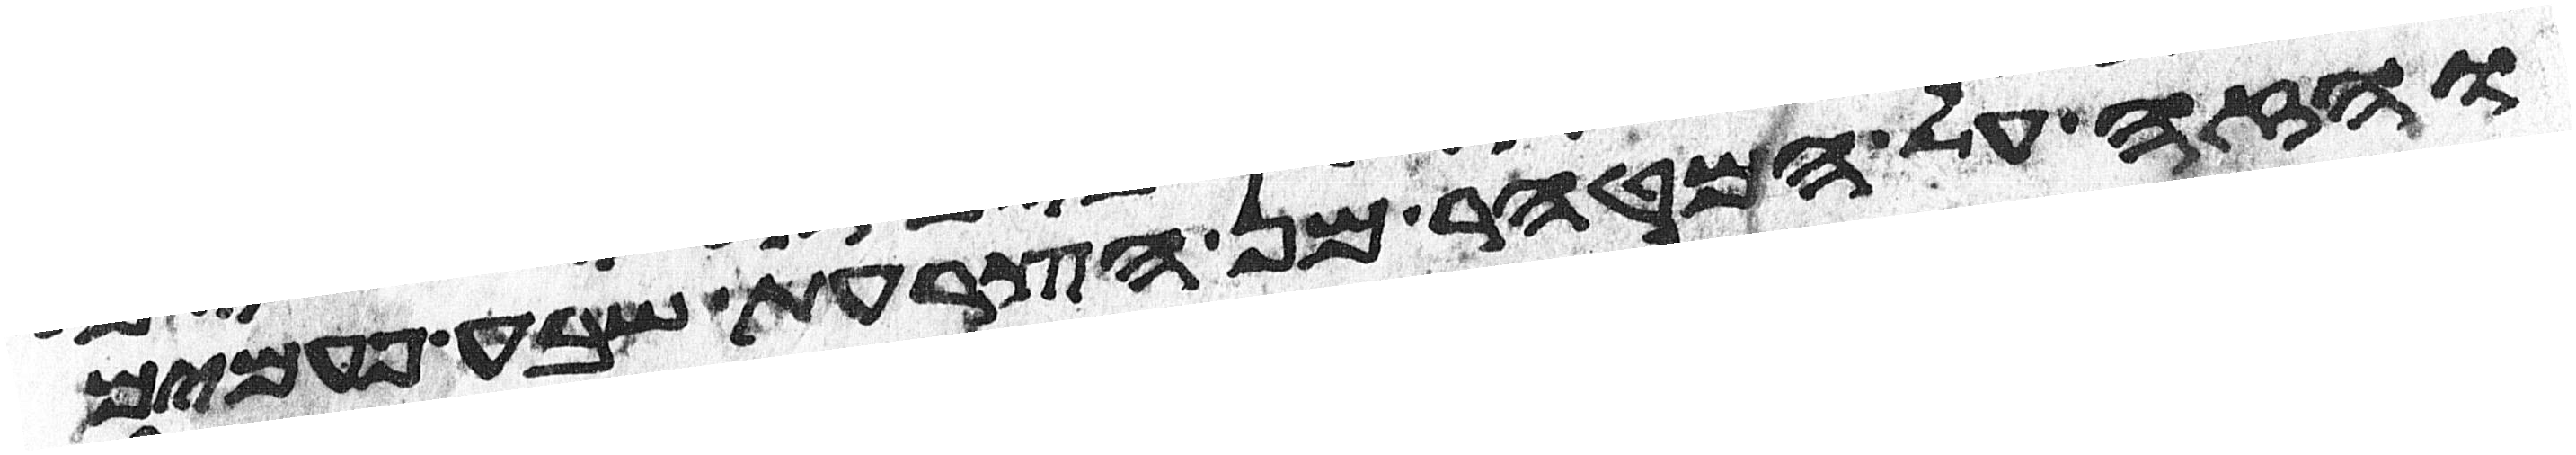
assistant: והזה על המטהר מן הצרעת שבע פעמים